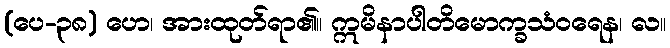
(ပေ-၃၈) ဟေ၊ အားထုတ်ရာ၏။ ဣမိနာပါတိမောက္ခသံဝရေန၊ လ။